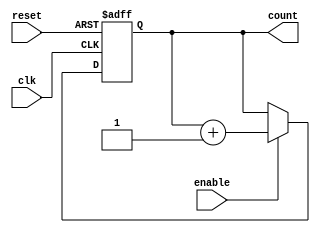
module up_counter (
    input wire clk,        // Clock input
    input wire enable,     // Enable signal
    input wire reset,      // Asynchronous reset signal
    output reg [N-1:0] count // Counter output, N bits wide
);
    parameter N = 4; // Parameter to define the width of the counter (can be adjusted)

    // Asynchronous reset and counting on the rising edge of the clock
    always @(posedge clk or posedge reset) begin
        if (reset) begin
            count <= 0; // Reset the counter to 0
        end else if (enable) begin
            count <= count + 1; // Increment the counter
        end
        // If enable is low, the counter retains its value
    end
endmodule